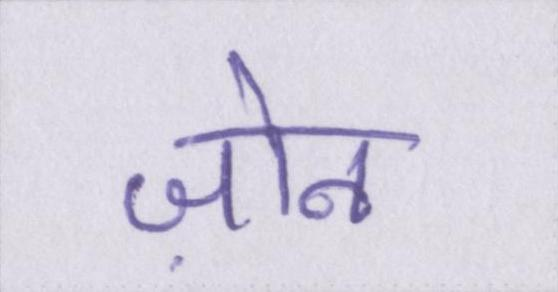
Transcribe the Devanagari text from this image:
ज़ोन